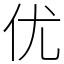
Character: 优